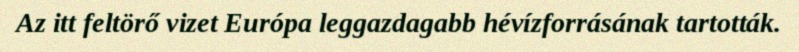
Az itt feltörő vizet Európa leggazdagabb hévízforrásának tartották.